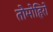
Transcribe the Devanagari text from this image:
तोमोहिरो